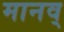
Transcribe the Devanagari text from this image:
मानव्